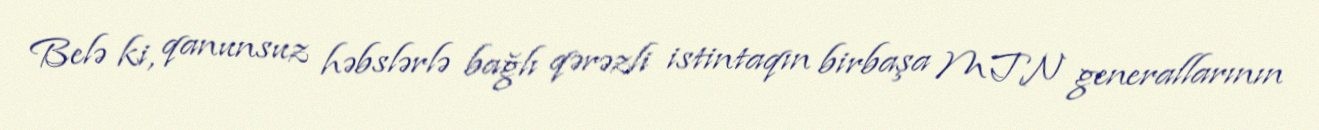
Belə ki, qanunsuz həbslərlə bağlı qərəzli istintaqın birbaşa MTN generallarının